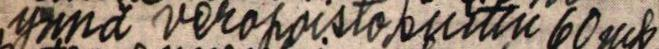
ynnä veropoistokuittii 60 mk